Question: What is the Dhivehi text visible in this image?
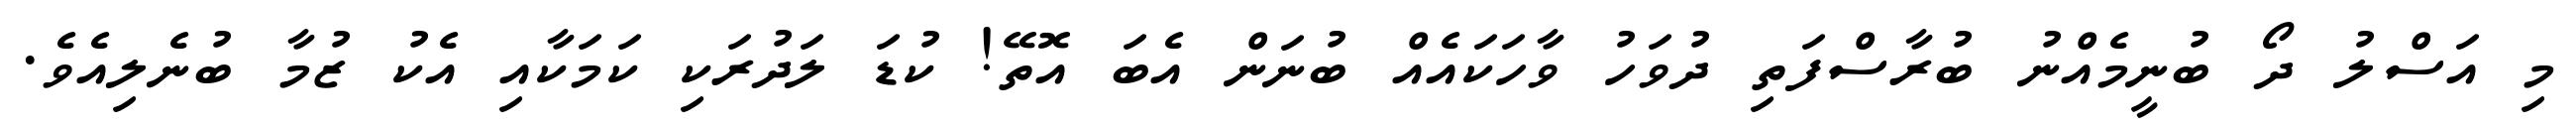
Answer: މި އަސްލު ދޯ ބުނީމެއްނު ބުރާސްފަތި ދުވަހު ވާހަކައެއް ބުނަން އެބަ އޮތޭ! ކުޑަ ލަދުރަކި ކަމަކާއި އެކު ޒުމާ ބުނެލިއެވެ.